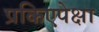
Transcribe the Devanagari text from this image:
प्रकिएपेक्षा